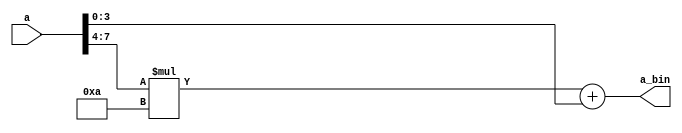
`timescale 1ns/1ps
module bcd2bin (
    input wire [7:0] a,
    // input wire [7:0] b,

    output wire [7:0] a_bin
    // output wire [7:0] b_bin
);

wire [3:0] a_units, b_units, a_tens, b_tens;
wire [7:0] res_a, res_b;

assign a_units = a[3:0];
assign a_tens  = a[7:4];
// assign b_units = b[3:0];
// assign b_tens  = b[7:4];

assign a_bin = (a_tens * 4'd10) + a_units;
// assign b_bin = (b_tens * 4'd10) + b_units;

// ved4x4 a0 (.multiplicand(a_tens), .multiplier(4'd10), .result(res_a));
// ved4x4 b0 (.multiplicand(b_tens), .multiplier(4'd10), .result(res_b));
// cla_adder #(8) add0 (.in_1(res_a), .in_2({4'b0000,a_units}), .carry_in(1'b0), .sum(a_bin),.carry_out());
// cla_adder #(8) add1 (.in_1(res_b), .in_2({4'b0000,b_units}), .carry_in(1'b0), .sum(b_bin),.carry_out());

endmodule

module tb_bcd2bin;


reg [7:0] a;

wire [7:0] a_bin;

// instance
bcd2bin dut (
    .a(a),
    .a_bin(a_bin)
);

// test 
initial begin
    a = 8'b0110_0011; // 63
end

// monitoring
initial begin
    $monitor($time, "   bcd = %b = (%d%d)    bin = %b = (%d)", 
    a, a[7:4], a[3:0], a_bin, a_bin);
end
    
endmodule